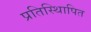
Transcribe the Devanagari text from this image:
प्रतिस्थिापित